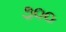
૭૦૦